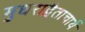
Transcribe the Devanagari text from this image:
मुधराद्वैताचार्य